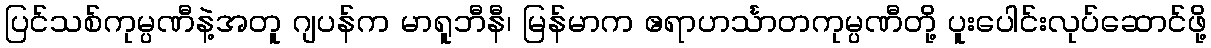
ပြင်သစ်ကုမ္ပဏီနဲ့အတူ ဂျပန်က မာရူဘီနီ၊ မြန်မာက ဧရာဟင်္သာတကုမ္ပဏီတို့ ပူးပေါင်းလုပ်ဆောင်ဖို့